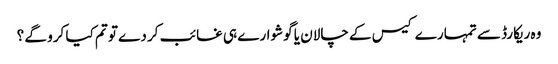
وہ ریکارڈ سے تمہارے کیس کے چالان یا گوشوارے ہی غائب کر دے تو تم کیا کرو گے ؟